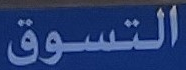
التسوق